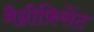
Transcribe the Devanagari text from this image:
मैग्नीफ़िसेंट